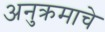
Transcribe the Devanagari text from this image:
अनुक्रमाचे